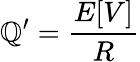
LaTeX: \mathbb{Q}^{\prime}={\frac{{E[V]}}{{R}}}